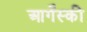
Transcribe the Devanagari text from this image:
आर्गेंस्की